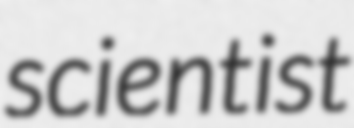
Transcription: scientist